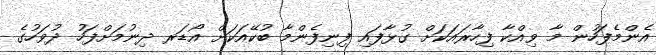
އެންމެފަހުން މާ ވިއްކާ ފިހާރައަކަށް ގުޅާފައި ފިނިފެންމާ ބުކޭއަކަށް އޯޑަރ ދިނުމަށްފަހު ދުވަހުގެ